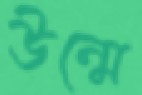
উন্মে